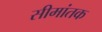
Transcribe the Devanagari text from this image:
सीमांतक